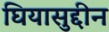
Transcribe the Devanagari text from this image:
घियासुद्दीन